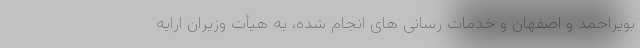
بویراحمد و اصفهان و خدمات رسانی های انجام شده، به هیأت وزیران ارایه